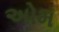
અોમ